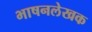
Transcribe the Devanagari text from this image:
भाषनलेखक